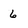
Character: 6